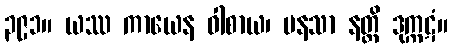
၃၉၁။ ယဿ ကာယေန ဝါစာယ၊ မနသာ နတ္ထိ ဒုက္ကဋံ။